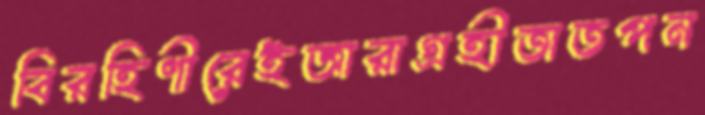
বিরহিণীরেইজারাগ্রহীতাতপন